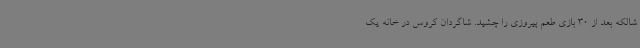
شالکه بعد از 30 بازی طعم پیروزی را چشید. شاگردان کروس در خانه یک